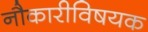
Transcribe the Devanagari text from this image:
नौकारीविषयक